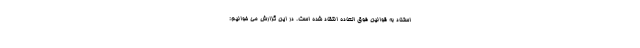
استناد به قوانین فوق العاده انتقاد شده است. در این گزارش می خوانیم: